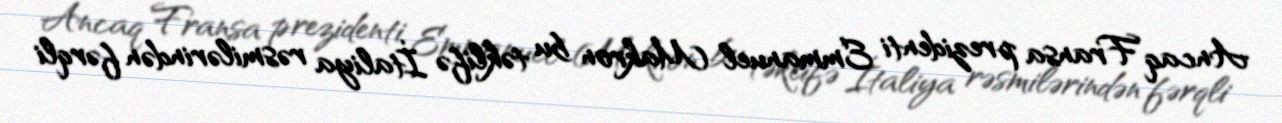
Ancaq Fransa prezidenti Emmanuel Makron bu təklifə İtaliya rəsmilərindən fərqli